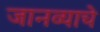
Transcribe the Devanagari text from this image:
जानव्याचे